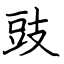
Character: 豉